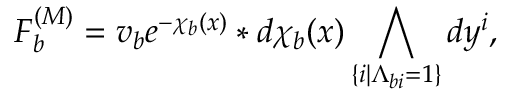
F _ { b } ^ { ( { \cal M } ) } = v _ { b } e ^ { - \chi _ { b } ( x ) } \ast d \chi _ { b } ( x ) \bigwedge _ { \{ i | \Lambda _ { b i } = 1 \} } d y ^ { i } ,